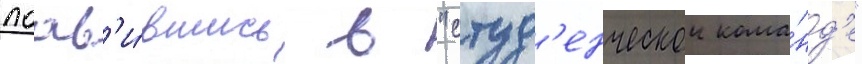
поав'и́вшись в "студ'енческои кома́нд'е"